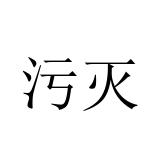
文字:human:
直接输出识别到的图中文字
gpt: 污灭